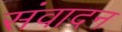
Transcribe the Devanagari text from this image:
संवादन